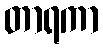
တာရကာ